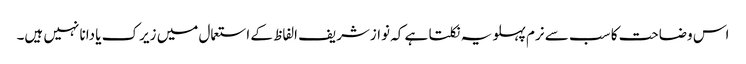
اس وضاحت کا سب سے نرم پہلو یہ نکلتا ہے کہ نوازشریف الفاظ کے استعمال میں زیرک یا دانا نہیں ہیں۔